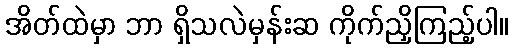
အိတ်ထဲမှာ ဘာ ရှိသလဲမှန်းဆ ကိုက်ညှိကြည့်ပါ။